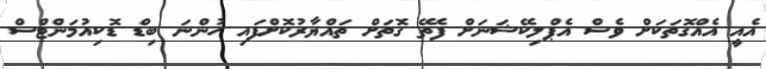
އެއީ އެއްގޮތަކަށް ވެސް އެޕްލިކޭޝަނަށް ފެތޭ ގޮތަށް ތައްޔާރުކޮށްފައި ހުންނަ ބިޑް ޑޮކިއުމަންޓްސް